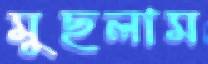
মুছলাম